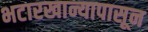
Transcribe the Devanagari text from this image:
भटारखान्यापासून